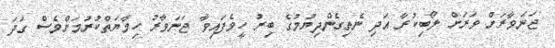
ޖަނަވާރަށް ވަރަށް ލޯބިކުރާ އަދި ނެތިގެންދިޔުމުގެ ބިރު ހީވެފައިވާ ޖަނަވާރު ހިމާޔަތްކުރުމަށްވެސް ގަދަ